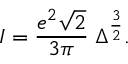
I = { \frac { e ^ { 2 } \sqrt { 2 } } { 3 \pi } } \; \Delta ^ { \frac { 3 } { 2 } } .